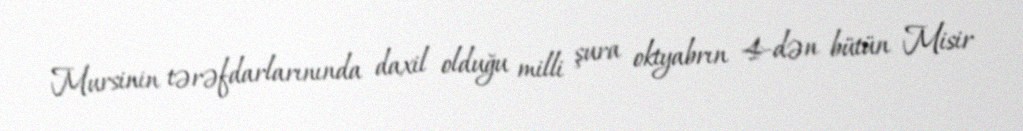
Mursinin tərəfdarlarınında daxil olduğu milli şura oktyabrın 4-dən bütün Misir